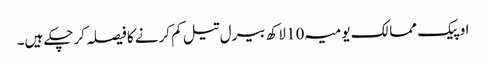
اوپیک ممالک یومیہ 10 لاکھ بیرل تیل کم کرنے کا فیصلہ کرچکے ہیں۔